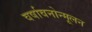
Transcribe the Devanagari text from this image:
वर्षावनोन्मूलन